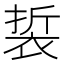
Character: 裚